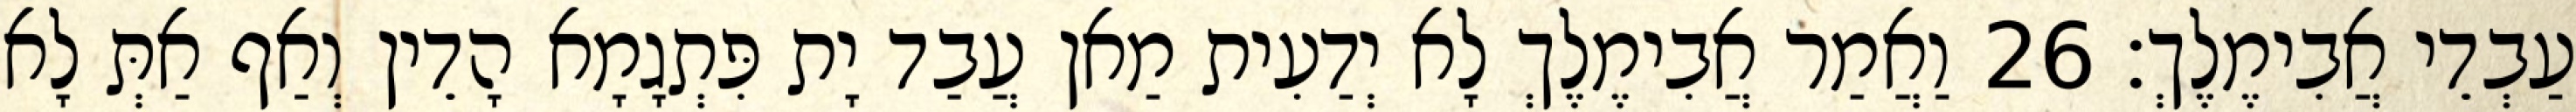
עַבְדֵי אֲבִימֶלֶךְ׃ 26 וַאֲמַר אֲבִימֶלֶךְ לָא יְדַעִית מַאן עֲבַד יָת פִּתְגָמָא הָדֵין וְאַף אַתְּ לָא